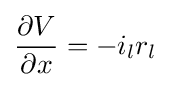
{\frac {\partial V}{\partial x}}=-i_{l}r_{l}\